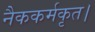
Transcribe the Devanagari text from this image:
नैककर्मकृत।